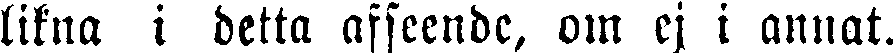
likna i detta afseende, om ej i annat.